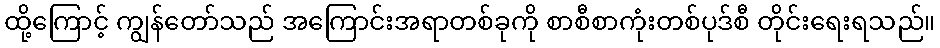
ထို့ကြောင့် ကျွန်တော်သည် အကြောင်းအရာတစ်ခုကို စာစီစာကုံးတစ်ပုဒ်စီ တိုင်းရေးရသည်။